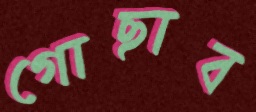
গোছাব